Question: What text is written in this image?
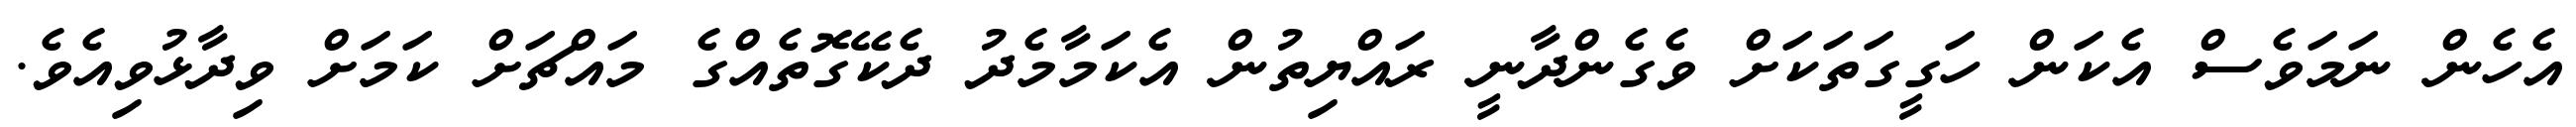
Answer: އެހެން ނަމަވެސް އެކަން ހަގީގަތަކަށް ވެގެންދާނީ ރައްޔިތުން އެކަމާމެދު ދެކޭގޮތެއްގެ މައްޗަށް ކަމަށް ވިދާޅުވިއެވެ.